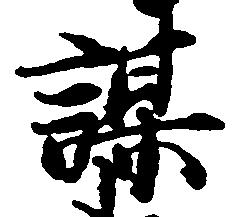
謀